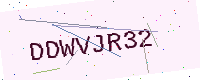
Text: DDWVJR32